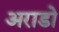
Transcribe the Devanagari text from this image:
अराडो